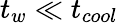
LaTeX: t_{w}\ll t_{cool}